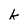
Character: k